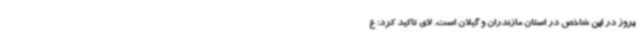
بروز در این شاخص در استان مازندران ‌و گیلان است. لای تاکید کرد: ع